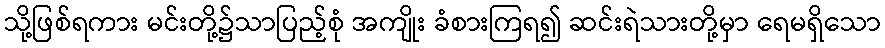
သို့ဖြစ်ရကား မင်းတို့၌သာပြည့်စုံ အကျိုး ခံစားကြရ၍ ဆင်းရဲသားတို့မှာ ရေမရှိသော